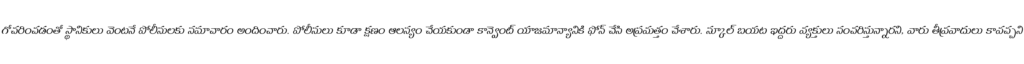
గోచరించడంతో స్థానికులు వెంటనే పోలీసులకు సమాచారం అందించారు. పోలీసులు కూడా క్షణం ఆలస్యం చేయకుండా కాన్వెంట్ యాజమాన్యానికి ఫోన్ చేసి అప్రమత్తం చేశారు. స్కూల్ బయట ఇద్దరు వ్యక్తులు సంచరిస్తున్నారని, వారు తీవ్రవాదులు కావచ్చని